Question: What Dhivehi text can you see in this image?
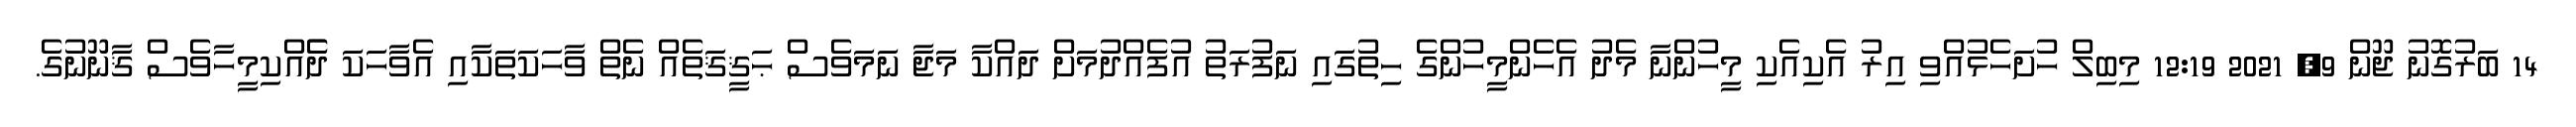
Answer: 14 ބަރުގޮނު ޖޫން 9, 2021 12:19 މިބިލް ހުށަހެޅުއްވި އިރު އެކިއެކި މީހުންނާ މެދު އެހެންމީހުންގެ ހިތުގައި ނަފުރަތު އުފެއްދުމަށް ދައްކާ މަޖާ ނަމަވެސް ޙަޤީޤަތެއް ނެތް ވާހަކަތަކާއި އެވާހަކަ ދެެއްކިމީހާވެސް ޤާނޫނުގެ.